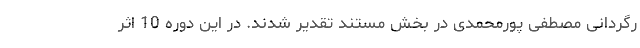
رگردانی مصطفی پورمحمدی در بخش مستند تقدیر شدند. در این دوره 10 اثر